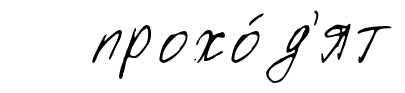
прохо́д'ят